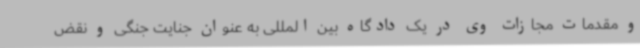
و مقدمات مجازات وی در یک دادگاه بین المللی به عنوان جنایت جنگی و نقض